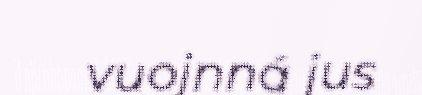
vuojnná jus